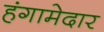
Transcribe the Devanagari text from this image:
हंगामेदार